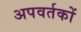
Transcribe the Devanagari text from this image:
अपवर्तकों